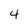
Character: 4